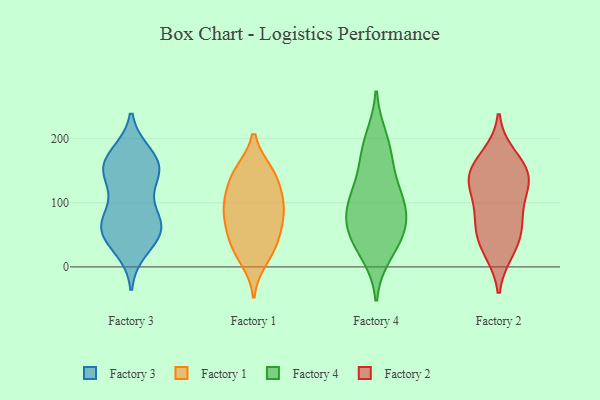
{"axis": {"x": "Active Users", "y": "Value"}, "legend": ["Factory 1", "Factory 2", "Factory 3", "Factory 4"], "data": [{"x": "", "y": 63, "type": "Factory 3"}, {"x": "", "y": 173, "type": "Factory 3"}, {"x": "", "y": 146, "type": "Factory 3"}, {"x": "", "y": 57, "type": "Factory 3"}, {"x": "", "y": 92, "type": "Factory 3"}, {"x": "", "y": 155, "type": "Factory 3"}, {"x": "", "y": 142, "type": "Factory 3"}, {"x": "", "y": 62, "type": "Factory 3"}, {"x": "", "y": 58, "type": "Factory 3"}, {"x": "", "y": 30, "type": "Factory 3"}, {"x": "", "y": 157, "type": "Factory 3"}, {"x": "", "y": 163, "type": "Factory 3"}, {"x": "", "y": 61, "type": "Factory 3"}, {"x": "", "y": 101, "type": "Factory 1"}, {"x": "", "y": 149, "type": "Factory 1"}, {"x": "", "y": 48, "type": "Factory 1"}, {"x": "", "y": 58, "type": "Factory 1"}, {"x": "", "y": 148, "type": "Factory 1"}, {"x": "", "y": 26, "type": "Factory 1"}, {"x": "", "y": 109, "type": "Factory 1"}, {"x": "", "y": 121, "type": "Factory 1"}, {"x": "", "y": 81, "type": "Factory 1"}, {"x": "", "y": 146, "type": "Factory 1"}, {"x": "", "y": 89, "type": "Factory 1"}, {"x": "", "y": 10, "type": "Factory 1"}, {"x": "", "y": 79, "type": "Factory 1"}, {"x": "", "y": 34, "type": "Factory 1"}, {"x": "", "y": 85, "type": "Factory 4"}, {"x": "", "y": 59, "type": "Factory 4"}, {"x": "", "y": 200, "type": "Factory 4"}, {"x": "", "y": 112, "type": "Factory 4"}, {"x": "", "y": 21, "type": "Factory 4"}, {"x": "", "y": 181, "type": "Factory 4"}, {"x": "", "y": 95, "type": "Factory 4"}, {"x": "", "y": 47, "type": "Factory 4"}, {"x": "", "y": 78, "type": "Factory 4"}, {"x": "", "y": 119, "type": "Factory 4"}, {"x": "", "y": 41, "type": "Factory 4"}, {"x": "", "y": 159, "type": "Factory 4"}, {"x": "", "y": 67, "type": "Factory 2"}, {"x": "", "y": 150, "type": "Factory 2"}, {"x": "", "y": 129, "type": "Factory 2"}, {"x": "", "y": 124, "type": "Factory 2"}, {"x": "", "y": 135, "type": "Factory 2"}, {"x": "", "y": 62, "type": "Factory 2"}, {"x": "", "y": 85, "type": "Factory 2"}, {"x": "", "y": 34, "type": "Factory 2"}, {"x": "", "y": 172, "type": "Factory 2"}, {"x": "", "y": 26, "type": "Factory 2"}, {"x": "", "y": 151, "type": "Factory 2"}]}